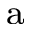
^ \mathrm { a }